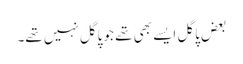
بعض پاگل ایسے بھی تھے جو پاگل نہیں تھے۔